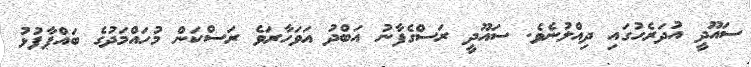
ސައޫދީ އުދަރެހުގައި ދިއްލުނެވެ. ސައޫދީ ރަސްގެފާނު އަބްދު އަވަހާރަވެ ރަސްކަން މުހައްމަދުގެ ބައްޕާފުޅު